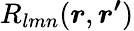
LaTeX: R_{lmn}(\boldsymbol{r},\boldsymbol{r^{\prime}})